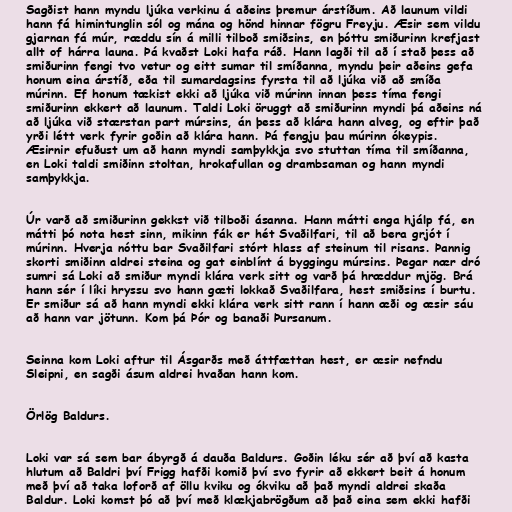
Sagðist hann myndu ljúka verkinu á aðeins þremur árstíðum. Að launum vildi
hann fá himintunglin sól og mána og hönd hinnar fögru Freyju. Æsir sem vildu
gjarnan fá múr, ræddu sín á milli tilboð smiðsins, en þóttu smiðurinn krefjast
allt of hárra launa. Þá kvaðst Loki hafa ráð. Hann lagði til að í stað þess að
smiðurinn fengi tvo vetur og eitt sumar til smíðanna, myndu þeir aðeins gefa
honum eina árstíð, eða til sumardagsins fyrsta til að ljúka við að smíða
múrinn. Ef honum tækist ekki að ljúka við múrinn innan þess tíma fengi
smiðurinn ekkert að launum. Taldi Loki öruggt að smiðurinn myndi þá aðeins ná
að ljúka við stærstan part múrsins, án þess að klára hann alveg, og eftir það
yrði létt verk fyrir goðin að klára hann. Þá fengju þau múrinn ókeypis.
Æsirnir efuðust um að hann myndi samþykkja svo stuttan tíma til smíðanna,
en Loki taldi smiðinn stoltan, hrokafullan og drambsaman og hann myndi
samþykkja.

Úr varð að smiðurinn gekkst við tilboði ásanna. Hann mátti enga hjálp fá, en
mátti þó nota hest sinn, mikinn fák er hét Svaðilfari, til að bera grjót í
múrinn. Hverja nóttu bar Svaðilfari stórt hlass af steinum til risans. Þannig
skorti smiðinn aldrei steina og gat einblínt á byggingu múrsins. Þegar nær dró
sumri sá Loki að smiður myndi klára verk sitt og varð þá hræddur mjög. Brá
hann sér í líki hryssu svo hann gæti lokkað Svaðilfara, hest smiðsins í burtu.
Er smiður sá að hann myndi ekki klára verk sitt rann í hann æði og æsir sáu
að hann var jötunn. Kom þá Þór og banaði Þursanum.

Seinna kom Loki aftur til Ásgarðs með áttfættan hest, er æsir nefndu
Sleipni, en sagði ásum aldrei hvaðan hann kom.

Örlög Baldurs.

Loki var sá sem bar ábyrgð á dauða Baldurs. Goðin léku sér að því að kasta
hlutum að Baldri því Frigg hafði komið því svo fyrir að ekkert beit á honum
með því að taka loforð af öllu kviku og ókviku að það myndi aldrei skaða
Baldur. Loki komst þó að því með klækjabrögðum að það eina sem ekki hafði